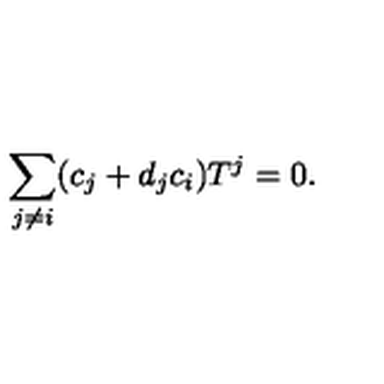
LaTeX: \sum _ { j \neq i } ( c _ { j } + d _ { j } c _ { i } ) T ^ { j } = 0 .